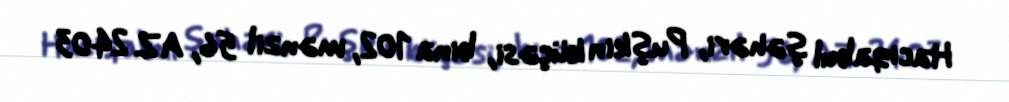
Hacıqabul şəhəri, Puşkin küçəsi, bina 102, mənzil 56, AZ 2403